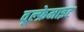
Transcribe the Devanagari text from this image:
वूल्फ्रेमाइट